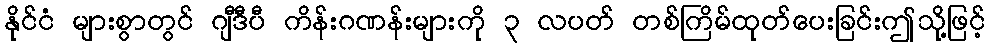
နိုင်ငံ များစွာတွင် ဂျီဒီပီ ကိန်းဂဏန်းများကို ၃ လပတ် တစ်ကြိမ်ထုတ်ပေးခြင်းဤသို့ဖြင့်